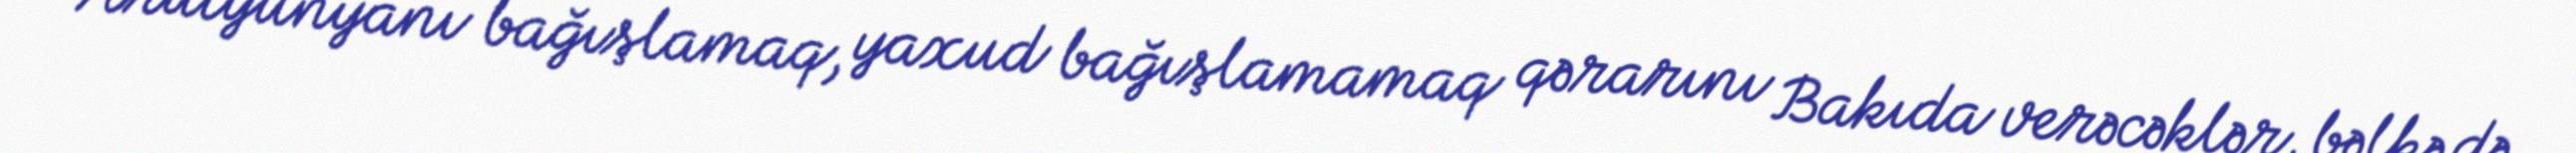
Arutyunyanı bağışlamaq, yaxud bağışlamamaq qərarını Bakıda verəcəklər, bəlkə də